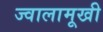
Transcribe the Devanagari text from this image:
ज्वालामूखी